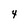
Character: 4